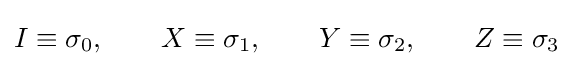
I\equiv \sigma _{0},\qquad X\equiv \sigma _{1},\qquad Y\equiv \sigma _{2},\qquad Z\equiv \sigma _{3}